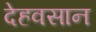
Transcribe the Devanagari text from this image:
देहवसान